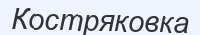
Костряковка